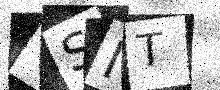
Text: YSNT